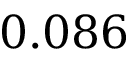
0 . 0 8 6